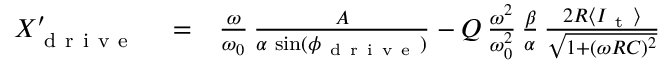
\begin{array} { r l r } { X _ { \mathrm { ~ d ~ r ~ i ~ v ~ e ~ } } ^ { \prime } } & { { } = } & { \frac { \omega } { \omega _ { 0 } } \, \frac { A } { \alpha \, \sin ( \phi _ { \mathrm { ~ d ~ r ~ i ~ v ~ e ~ } } ) } - Q \, \frac { \omega ^ { 2 } } { \omega _ { 0 } ^ { 2 } } \, \frac { \beta } { \alpha } \, \frac { 2 R \langle I _ { \mathrm { ~ t ~ } } \rangle } { \sqrt { 1 + ( \omega R C ) ^ { 2 } } } } \end{array}